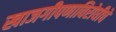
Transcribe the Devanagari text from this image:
खाजगीपणाविरोधीचे